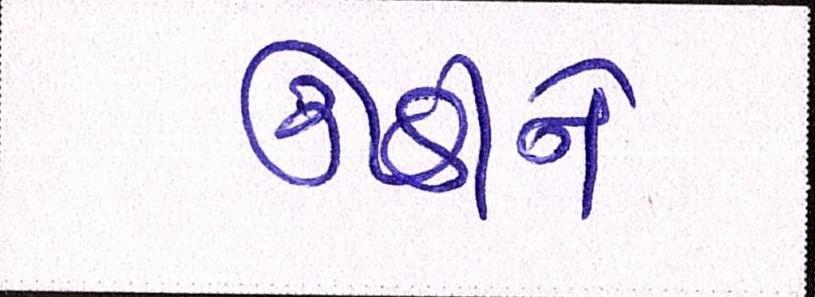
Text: ઊઠીને